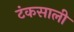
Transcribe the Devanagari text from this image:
टंकसाली